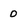
Character: O